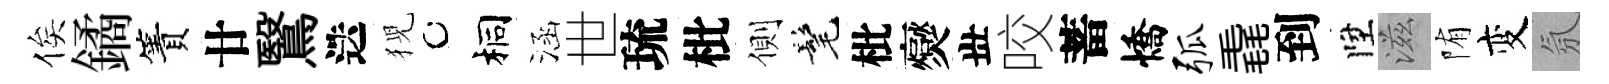
俟鐍簀廿鷖迭猊桐涵世琉枇側髦枇爕丗咬蓄憍弧毳到陞滋陏变氛